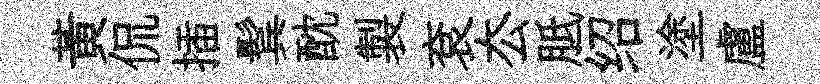
黃侃插鬂酖製袞厺胝绍塗盧